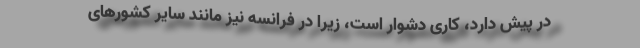
در پیش دارد، کاری دشوار است، زیرا در فرانسه نیز مانند سایر کشورهای